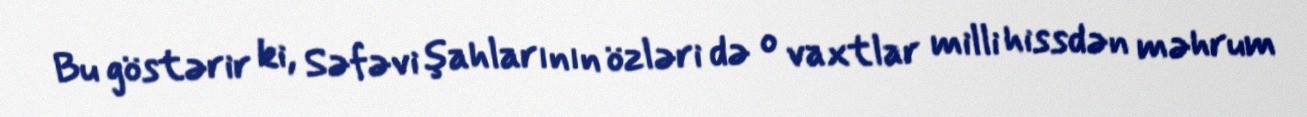
Bu göstərir ki, Səfəvi şahlarının özləri də o vaxtlar milli hissdən məhrum